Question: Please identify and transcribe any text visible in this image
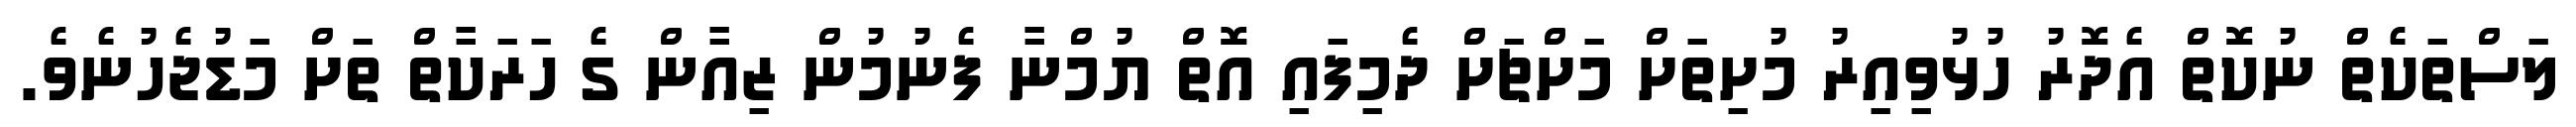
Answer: ލަސްތަކެތް ނުކޮތް އެދޮރު ހުޅުވިއިރު މުށިތަށް މަށްޗަށް ދެމިފައި އޮތް ޔުމްނާ ފެނުމުން ޒިއާން ގެ ހަރަކާތް ތަށް މަޑުޖެހުނެވެ.